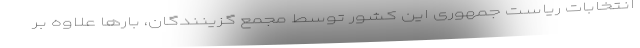
انتخابات ریاست جمهوری این کشور توسط مجمع گزینندگان، بارها علاوه بر